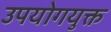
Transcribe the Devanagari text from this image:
उपयोगयुक्त